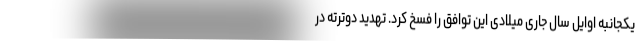
یکجانبه اوایل سال جاری میلادی این توافق را فسخ کرد. تهدید دوترته در